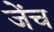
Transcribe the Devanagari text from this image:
जेंच